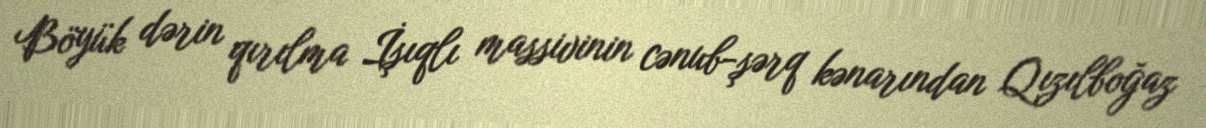
Böyük dərin qırılma İşıqlı massivinin cənub-şərq kənarından Qızılboğaz